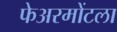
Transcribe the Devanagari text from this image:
फेअरमोंटला